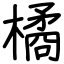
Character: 橘